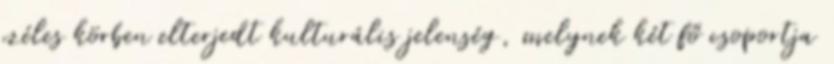
széles körben elterjedt kulturális jelenség, melynek két fő csoportja